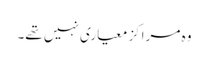
وہ مراکز معیاری نہیں تھے۔